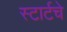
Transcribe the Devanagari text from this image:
स्टार्टचे